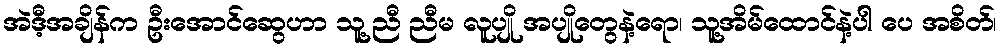
အဲဒီ့အချိန်က ဦးအောင်ဆွေဟာ သူ့ညီ ညီမ လူပျို အပျိုတွေနဲ့ရော၊ သူ့အိမ်ထောင်နဲ့ပါ ပေ အစိတ်၊